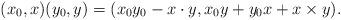
LaTeX: \begin{align*}(x_0, x)(y_0, y) = (x_0 y_0 - x \cdot y, x_0 y + y_0 x + x \times y).\end{align*}